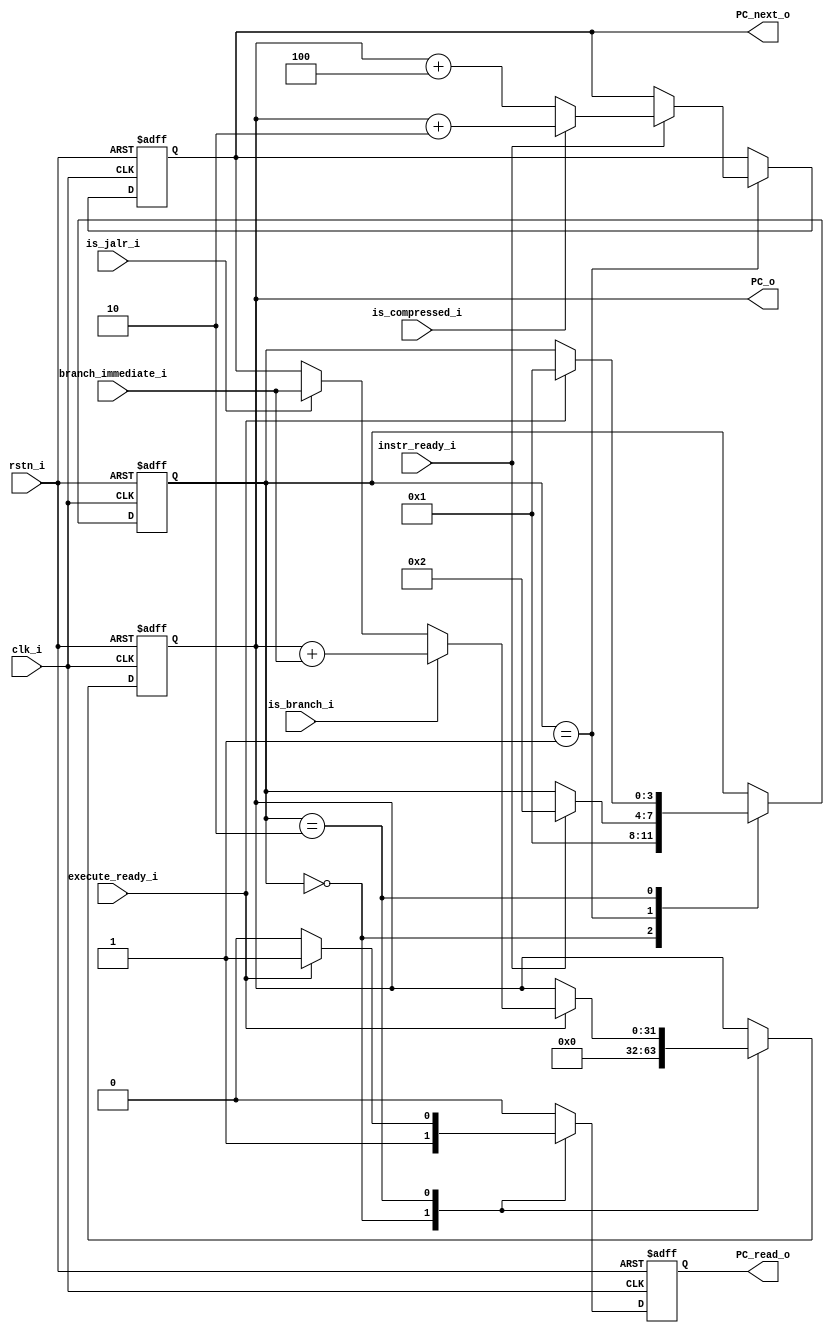
`timescale 1ns / 1ps
//////////////////////////////////////////////////////////////////////////////////
// Company: 
// Engineer: 
// 
// Design Name: 
// Module Name: mystic_PC_controller
// Project Name: 
// Target Devices: 
// Tool Versions: 
// Description: 
// 
// Dependencies: 
// 
// Revision:
// Revision 0.01 - File Created
// Additional Comments:
// 
//////////////////////////////////////////////////////////////////////////////////


module mystic_PC_controller(
      input  wire          clk_i,       
      input  wire          rstn_i,   
      input  wire          is_compressed_i,
      input  wire          is_branch_i,
      input  wire          is_jalr_i,
      input  wire [31:0]   branch_immediate_i,
      input  wire          instr_ready_i,
      input  wire          execute_ready_i,
      output reg  [31:0]   PC_o,
      output reg  [31:0]   PC_next_o,
      output reg           PC_read_o
   );

   reg [3:0] state;
   localparam S_INIT       = 0;
   localparam S_IDLE       = 1;
   localparam S_WAIT       = 2;

   // reg  [31:0]   PC_next;
   reg  [31:0]   PC_current;

   always @(posedge clk_i , negedge rstn_i) begin
      if (!rstn_i) begin
         PC_o  <= 32'h0000_0000;
         PC_read_o   <= 1'b0;
         PC_next_o  <= 32'h0000_0000;
         state <= S_INIT;
      end else begin
         PC_read_o   <= 1'b0;
         case(state) 
            S_INIT: begin
               PC_o        <= 32'h0000_0000;
               PC_read_o   <= 1'b1;
               state       <= S_IDLE;
            end

            S_IDLE: begin
               if (instr_ready_i) begin
                  state <= S_WAIT;
                  if (is_compressed_i) begin
                     PC_next_o  <= PC_o + 2;
                  end else begin
                     PC_next_o  <= PC_o + 4;
                  end
               end
            end

            S_WAIT: begin
               if (execute_ready_i) begin
                  if (is_branch_i) begin
                     PC_o        <= PC_o + branch_immediate_i;
                  end else if (is_jalr_i) begin 
                     PC_o        <= branch_immediate_i;
                  end else begin
                     PC_o        <= PC_next_o;
                  end
                  PC_read_o   <= 1'b1;
                  state       <= S_IDLE;
               end
            end
         endcase
      end
   end
endmodule